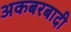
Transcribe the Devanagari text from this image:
अकबरबादी